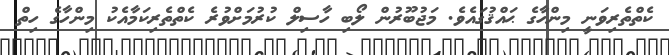
ކެތްތެރިވަނީ މިންހާގެ ޙައްޤުގައެވެ. މަޖުބޫރުން ލޯބި ހާސިލް ކުރުމަށްވުރެ ކެތްތެރިކަމާއެކު މިންހާގެ ހިތް